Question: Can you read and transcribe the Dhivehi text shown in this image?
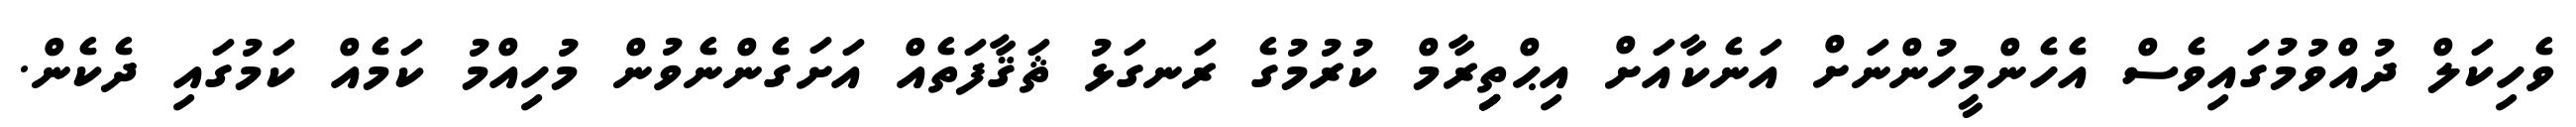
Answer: ވެހިކަލް ދުއްވުމުގައިވެސް އެހެންމީހުންނަށް އަނެކާއަށް އިޙްތިިިިިިރާމް ކުރުމުގެ ރަނގަޅު ޘަޤާފަތެއް އަށަގެންނެވުން މުހިއްމު ކަމެއް ކަމުގައި ދެކެން.